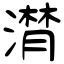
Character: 潸